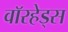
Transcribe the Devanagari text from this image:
वाॅरहेड्स